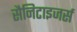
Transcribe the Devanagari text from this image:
सैनिटाइजर्स